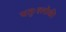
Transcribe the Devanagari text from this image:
चतुःश्लोकी